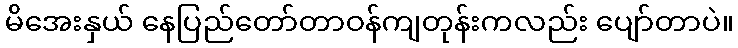
မိအေးနှယ် နေပြည်တော်တာဝန်ကျတုန်းကလည်း ပျော်တာပဲ။